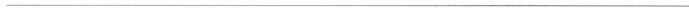
___